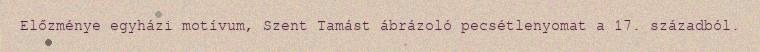
Előzménye egyházi motívum, Szent Tamást ábrázoló pecsétlenyomat a 17. századból.